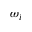
\omega _ { i }